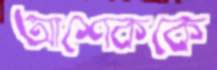
আশেককে